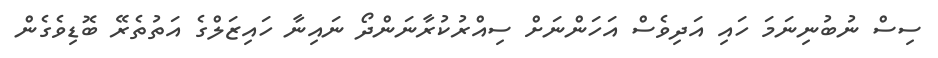
ސިސް ނުބުނިނަމަ ހައި އަދިވެސް އަހަންނަށް ސިއްރުކުރާނަންދޯ ނައިނާ ހައިޒަލްގެ އަތުތެރޭ ބޮޑިވެގެން